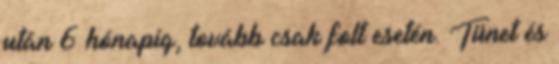
után 6 hónapig, tovább csak folt esetén. Tünet és